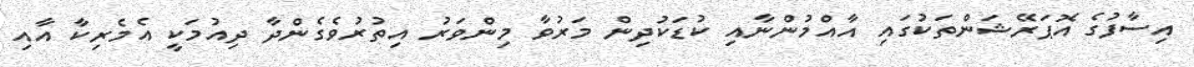
އިސާފުގެ އޮޕަރޭޝަންތަކުގައި އާއްމުންނާއި ކުޑަކުދިން މަރުވާ މިންވަރު އިތުރުވެގެންދާ ދިއުމަކީ އެމެރިކާ އާއި